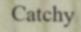
Catchy